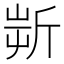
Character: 𣂟